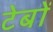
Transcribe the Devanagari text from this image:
टेबों